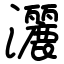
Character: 灑